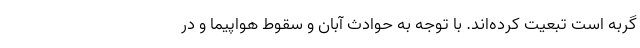
گربه است تبعیت کرده‌اند. با توجه به حوادث آبان و سقوط هواپیما و در